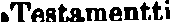
#Testamentti